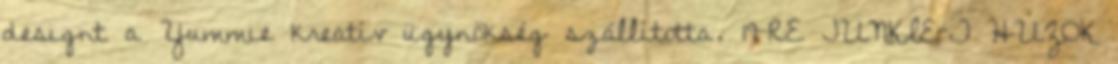
designt a Yummie kreatív ügynökség szállította. 19-RE JUNKIE-T HÚZOK